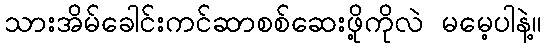
သားအိမ်ခေါင်းကင်ဆာစစ်ဆေးဖို့ကိုလဲ မမေ့ပါနဲ့။